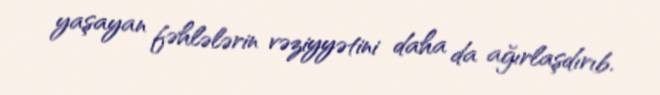
yaşayan fəhlələrin vəziyyətini daha da ağırlaşdırıb.